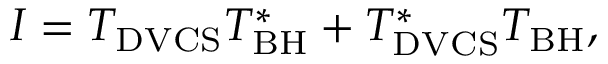
{ \cal I } = { \cal T } _ { \mathrm { D V C S } } { \cal T } _ { \mathrm { B H } } ^ { \ast } + { \cal T } _ { \mathrm { D V C S } } ^ { \ast } { \cal T } _ { \mathrm { B H } } ,